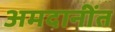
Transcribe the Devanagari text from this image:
अमदानींत